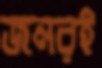
জনরই